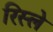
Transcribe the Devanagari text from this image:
रिस्ले